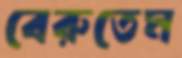
বেরুতেম